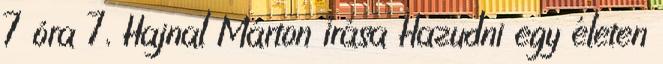
7 óra 7, Hajnal Márton írása Hazudni egy életen